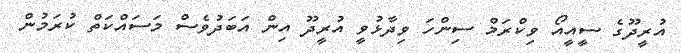
އުރީދޫގެ ސީއީއޯ ވިކްރަމް ސިންހަ ވިދާޅުވީ އުރީދޫ އިން އަބަދުވެސް މަސައްކަތް ކުރަމުން